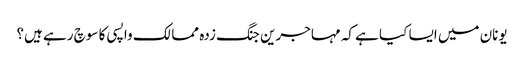
یونان میں ایسا کیا ہے کہ مہاجرین جنگ زدہ ممالک واپسی کا سوچ رہے ہیں؟